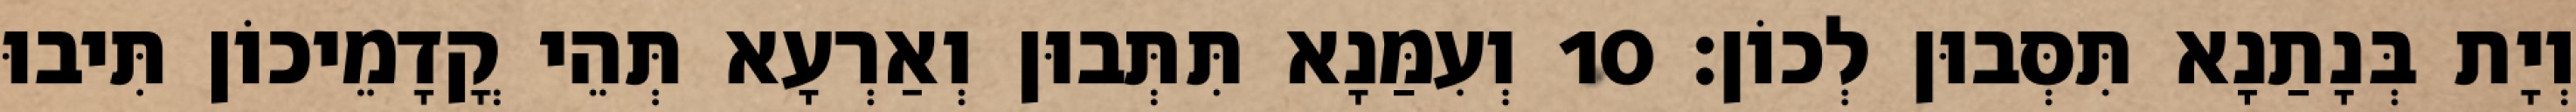
וְיָת בְּנָתַנָא תִּסְּבוּן לְכוֹן׃ 10 וְעִמַּנָא תִּתְּבוּן וְאַרְעָא תְּהֵי קֳדָמֵיכוֹן תִּיבוּ